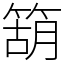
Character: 箶